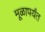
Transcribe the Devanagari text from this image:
मूळापर्यंत